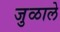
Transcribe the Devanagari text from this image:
जुळाले